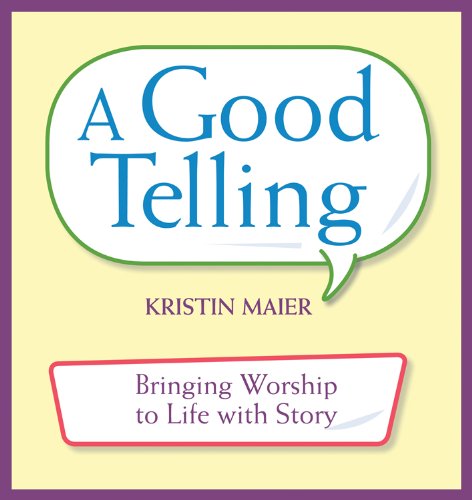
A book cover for A Good Telling: Bringing Worship to Life with Story; Kristin Maier; Religion & Spirituality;